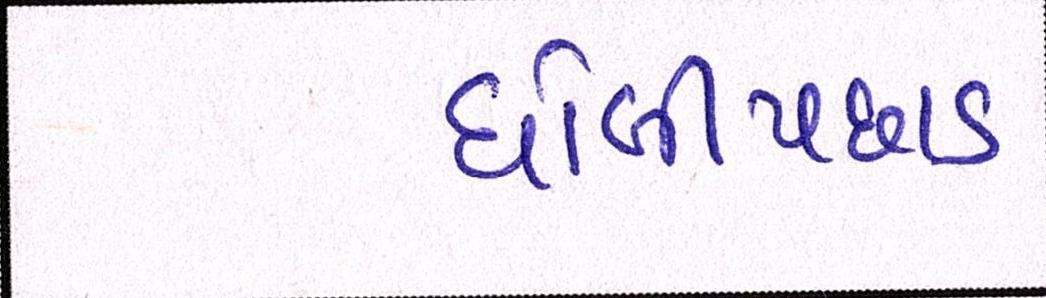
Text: ધોબીપછાડ